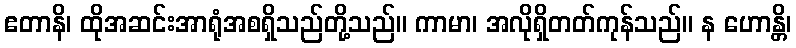
ဧတာနိ၊ ထိုအဆင်းအာရုံအစရှိသည်တို့သည်။ ကာမာ၊ အလိုရှိတတ်ကုန်သည်။ န ဟောန္တိ၊